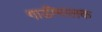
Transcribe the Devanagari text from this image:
गाडीमालक